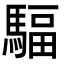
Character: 䮠